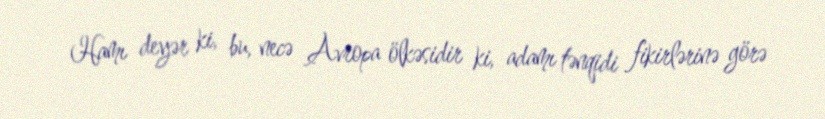
Hamı deyər ki, bu, necə Avropa ölkəsidir ki, adamı tənqidi fikirlərinə görə